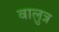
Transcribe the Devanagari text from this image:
वालुत्र